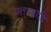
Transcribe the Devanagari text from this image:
पताकादि